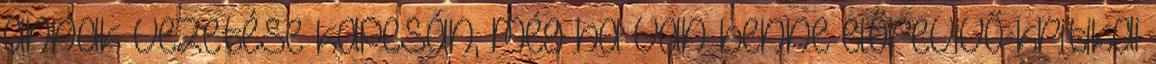
annak vezetése kapcsán, még ha van benne előrevivő kritikai